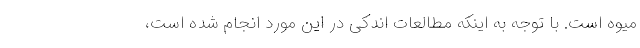
میوه است. با توجه به اینکه مطالعات اندکی در این مورد انجام شده است،